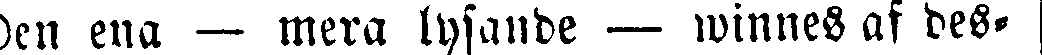
Den ena — mera lysande — winnes af des-